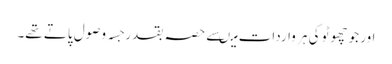
اور جو چھوٹو کی ہر واردات میںسے حصہ بقدر جسہ وصول پاتے تھے۔